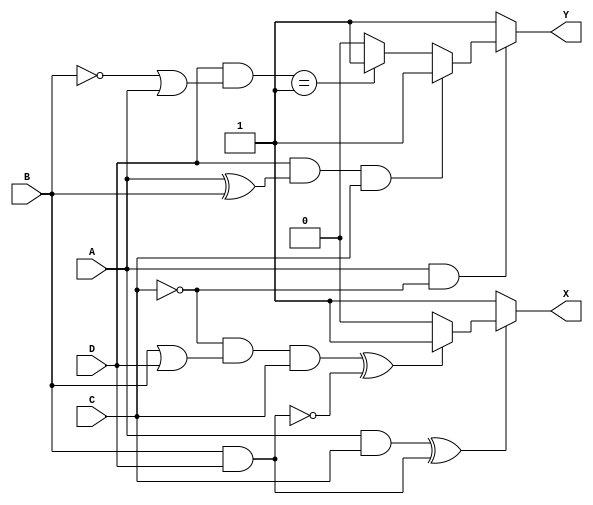
module Problem1(
    input A,
    input B,
    input C,
    input D,
    output reg X,
    output reg Y
    );
    always @ (A or B or C or D)
        begin
            if (!((A & C) ^ (B & D)) == 1) //XNOR expansion 1
                X = 1;
            else if ((~C) & (B | D) & C ^ !( B & D) == 1)
                X = 1;
            else
                X = 0;
            
            if ( !(A & ~C) == 1 )  // demorgan's expansion
                Y = 1;
            else if ((D & (A ^ B) & C)  == 1)
                Y = 1;
            else if ((D & (~B | A)) == 1)
                Y = 1;
            else
                Y = 0;
        end
endmodule